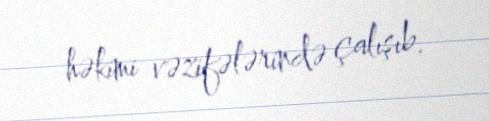
həkimi vəzifələrində çalışıb.